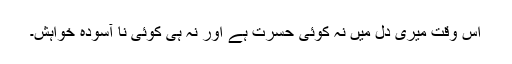
اس وقت میری دل میں نہ کوئی حسرت ہے اور نہ ہی کوئی نا آسودہ خواہش۔